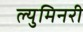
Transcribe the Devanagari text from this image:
ल्युमिनरी